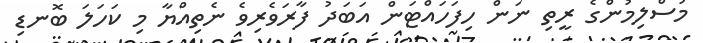
މުސްލިމުންގެ ރީތި ނަން ހިފަހައްޓަން އަބަދު ފާރަވެރިވެ ނެތިއްޔާ މި ކަހަލަ ބޮނޑި